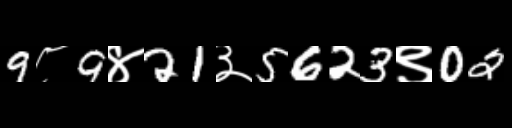
Text: 9८9४21३5623९02